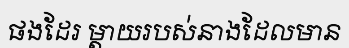
ផងដែរ ម្តាយរបស់នាងដែលមាន